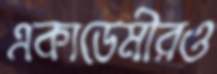
একাডেমীরও